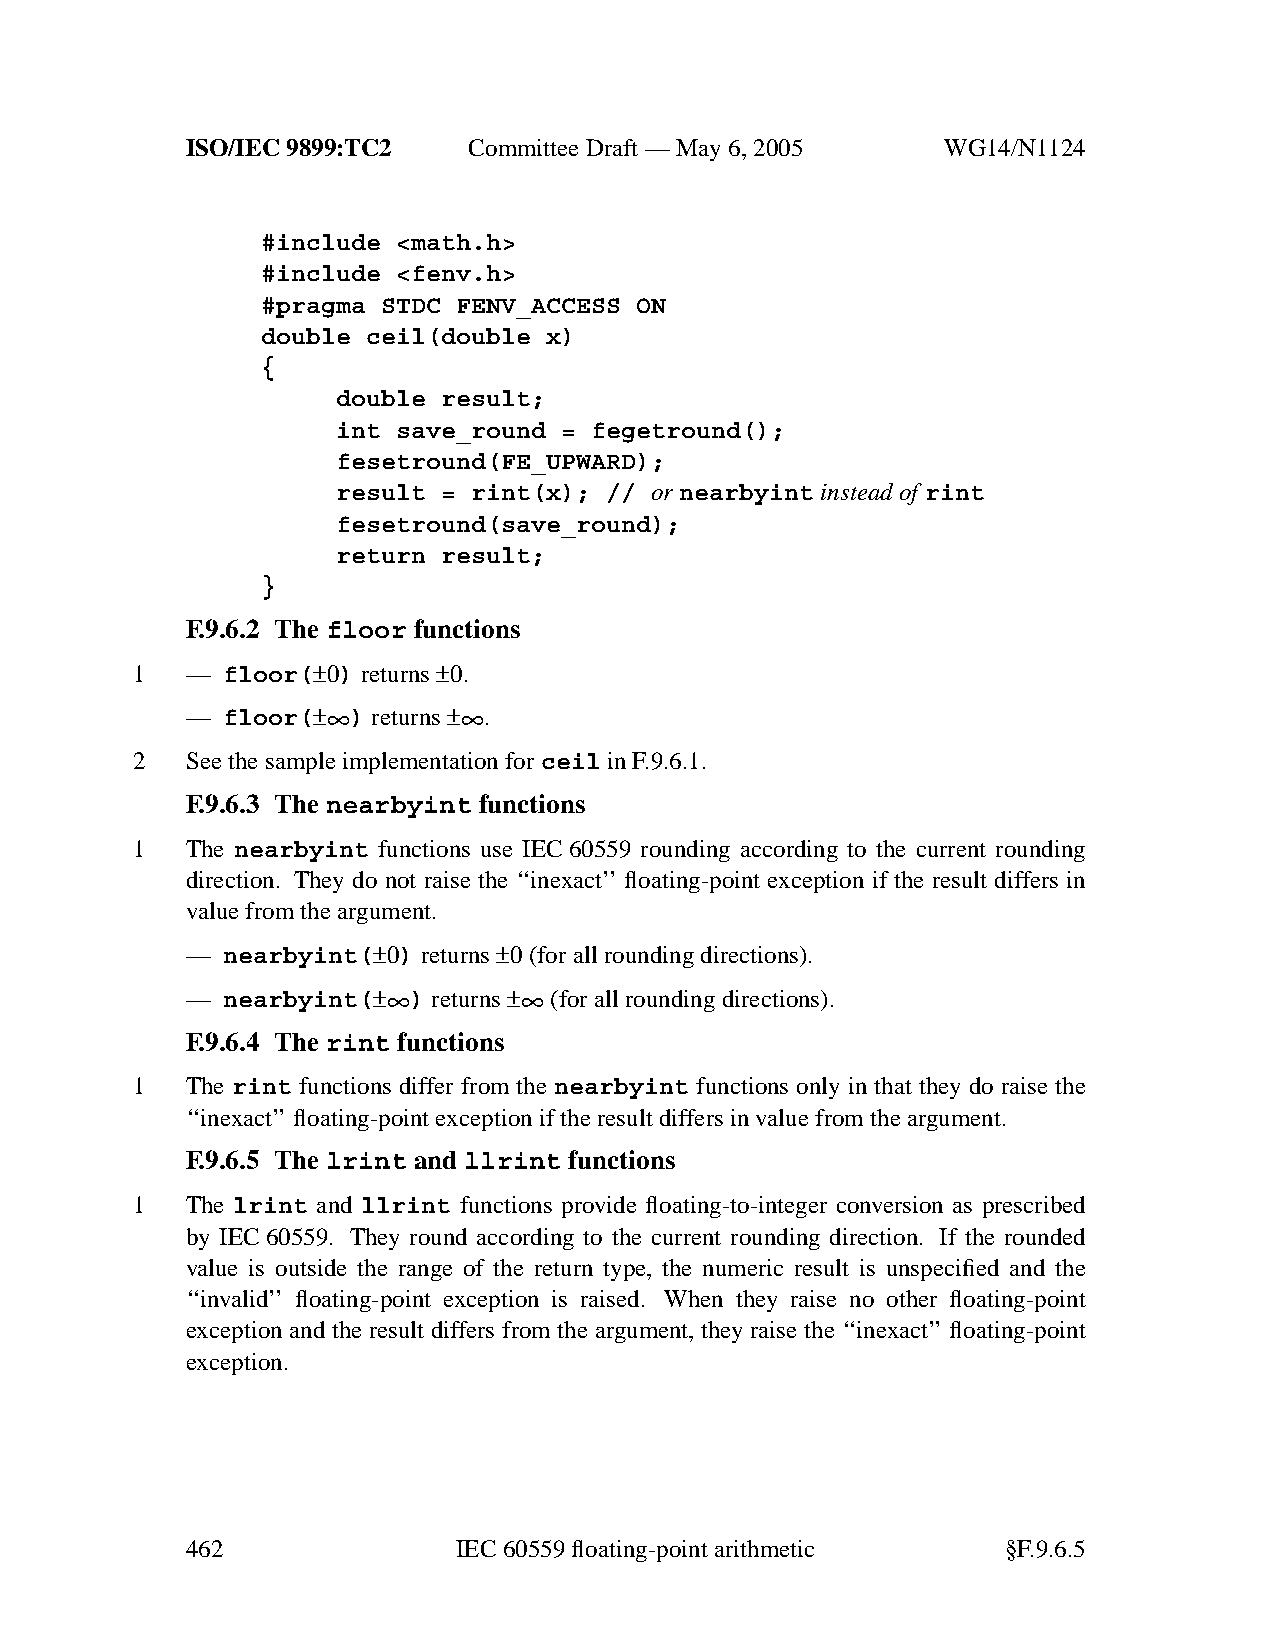
ISO/IEC 9899:TC2   Committee Draft — May 6, 2005   WG14/N1124
 #include <math.h>
 #include <fenv.h>
 #pragma STDC FENV_ACCESS ON
 double ceil(double x)
 {
 double result;
 int save_round = fegetround();
 fesetround(FE_UPWARD);
 result = rint(x); // or nearbyint instead of rint
 fesetround(save_round);
 return result;
 }
 F.9.6.2 The floor functions
 1  —  floor(±0) returns±0.
 —
 floor(±∞
 )
 returns±∞
 .
 2  See the sample implementation forceil in F.9.6.1.
 F.9.6.3 The nearbyint functions
 1  The nearbyint functions use IEC60559 rounding according to the current rounding
 direction. They do not raise the ‘‘inexact’’ floating-point exception if the result differs in
 value from the argument.
 —  nearbyint(±0) returns±0(for all rounding directions).
 —
 nearbyint(±∞
 )
 returns±∞
 (for all rounding directions).
 F.9.6.4 The rint functions
 1  The rint functions differ from the nearbyint functions only in that they do raise the
 ‘‘inexact’’floating-point exception if the result differs in value from the argument.
 F.9.6.5 The lrint and llrint functions
 1  The lrint and llrint functions provide floating-to-integer conversion as prescribed
 by IEC60559. They round according to the current rounding direction. If the rounded
 value is outside the range of the return type, the numeric result is unspecified and the
 ‘‘invalid’’ floating-point exception is raised. When they raise no other floating-point
 exception and the result differs from the argument, they raise the ‘‘inexact’’ floating-point
 exception.
 462               IEC 60559 floating-point arithmetic  §F.9.6.5